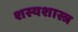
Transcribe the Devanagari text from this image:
शस्यशास्त्र